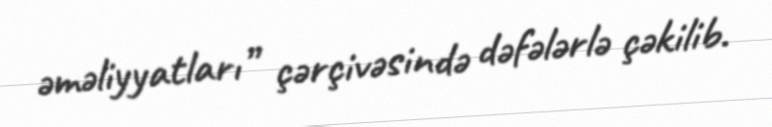
əməliyyatları” çərçivəsində dəfələrlə çəkilib.